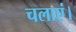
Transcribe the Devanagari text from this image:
चलाएं।